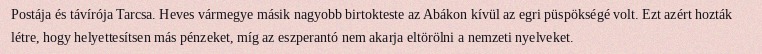
Postája és távírója Tarcsa. Heves vármegye másik nagyobb birtokteste az Abákon kívül az egri püspökségé volt. Ezt azért hozták létre, hogy helyettesítsen más pénzeket, míg az eszperantó nem akarja eltörölni a nemzeti nyelveket.